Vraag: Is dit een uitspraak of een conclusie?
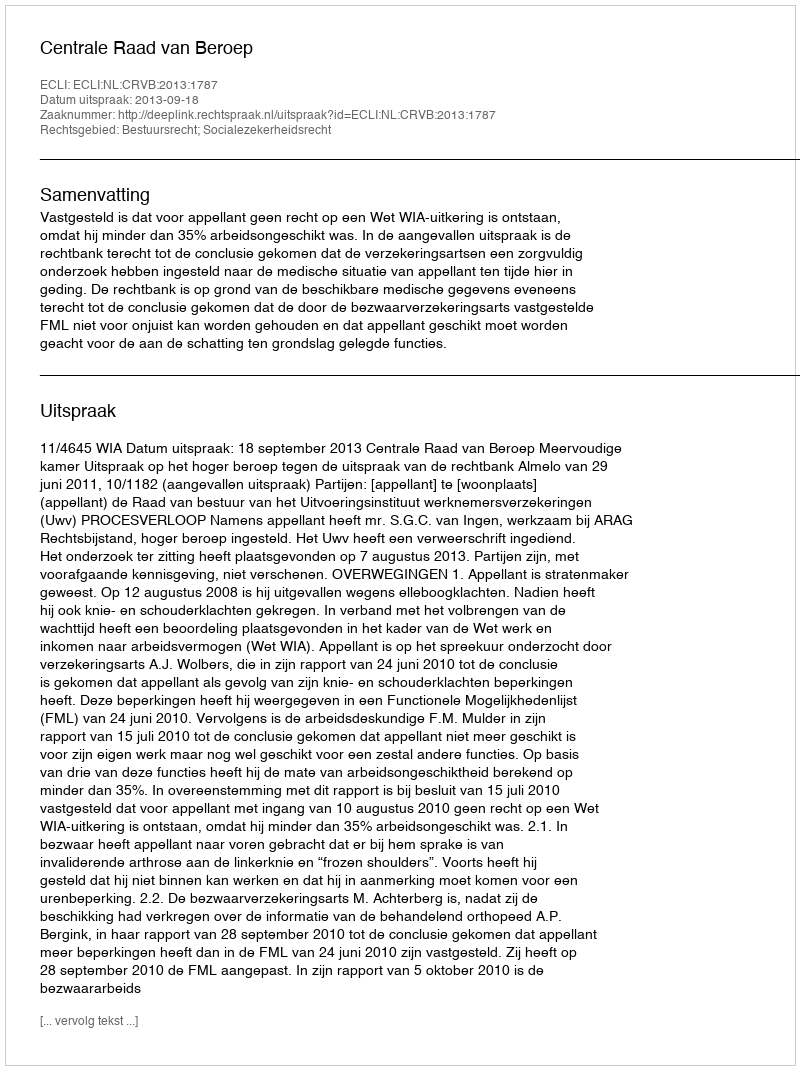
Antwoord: Uitspraak